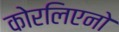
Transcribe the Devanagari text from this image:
कोरलिएनो